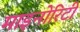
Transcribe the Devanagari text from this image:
माइनोरिटी